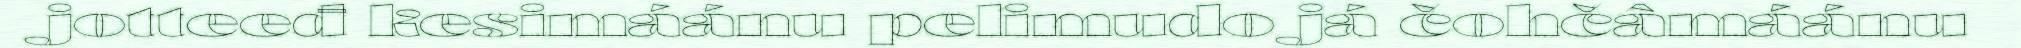
jotteeđ kesimáánu pelimudo já čohčâmáánu